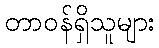
တာဝန်ရှိသူများ